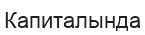
Капиталында